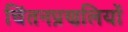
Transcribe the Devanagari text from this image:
चिंतनप्रणलियों